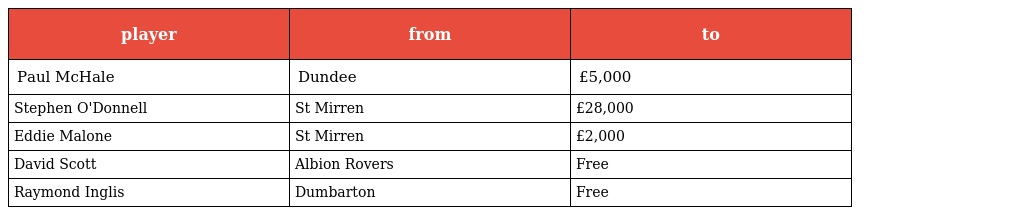
| player | from | to |
 | --- | --- | --- |
 | Paul McHale | Dundee | £5,000 |
 | Stephen O'Donnell | St Mirren | £28,000 |
 | Eddie Malone | St Mirren | £2,000 |
 | David Scott | Albion Rovers | Free |
 | Raymond Inglis | Dumbarton | Free |